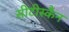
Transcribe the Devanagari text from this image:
सीटीस्कैन